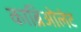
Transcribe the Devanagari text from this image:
काब्रिओलेट